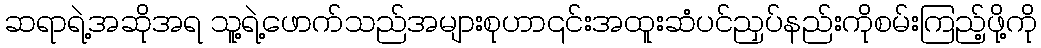
ဆရာရဲ့အဆိုအရ သူ့ရဲ့ဖောက်သည်အများစုဟာ၎င်းအထူးဆံပင်ညှပ်နည်းကိုစမ်းကြည့်ဖို့ကို